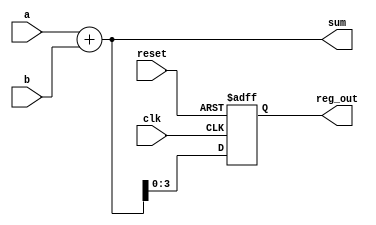
module behavioral_model (
    input wire clk,          // Clock input for sequential logic
    input wire reset,        // Asynchronous reset input
    input wire [3:0] a,     // 4-bit input for combinational logic
    input wire [3:0] b,     // 4-bit input for combinational logic
    output reg [4:0] sum,    // 5-bit output for sum (combinational logic)
    output reg [3:0] reg_out // 4-bit output for register (sequential logic)
);

// Combinational Logic using always @*
always @* begin
    // Calculate the sum of inputs a and b
    sum = a + b; // Instantaneous response to changes in a or b
end

// Sequential Logic using always @(posedge clk)
always @(posedge clk or posedge reset) begin
    if (reset) begin
        reg_out <= 4'b0000; // Reset output to zero
    end else begin
        reg_out <= sum[3:0]; // Store the lower 4 bits of sum
    end
end

endmodule